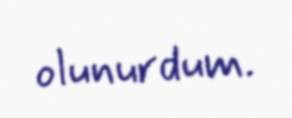
olunurdum.